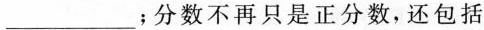
___；分数不再只是正分数，还包括